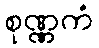
စုဏ္ဏကံ